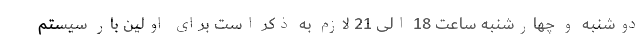
دوشنبه و چهارشنبه ساعت 18 الی 21 لازم به ذکر است برای اولین بار سیستم